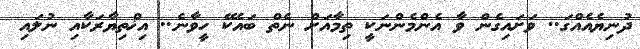
ދުނިޔެއެއްގަ.. ވަށައިގެން ވާ އެންމެންނަކީ ތިމާއަށް ނެތް ބައެކޭ ހީވާނެ.. އިޚްތިޔާރަކާއި ނުލައި